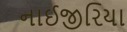
નાઈજીરિયા